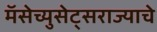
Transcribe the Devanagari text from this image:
मॅसेच्युसेट्सराज्याचे